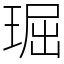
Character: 㻕